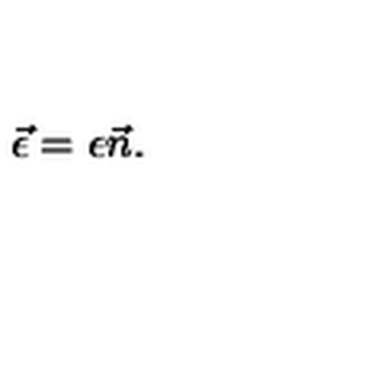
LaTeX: \vec { \epsilon } = { \epsilon } \vec { n } .